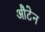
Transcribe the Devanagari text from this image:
औटेन